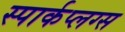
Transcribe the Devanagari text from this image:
स्पार्कप्लग्स